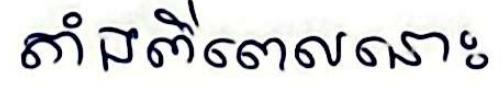
តាំងពីពេលនោះ